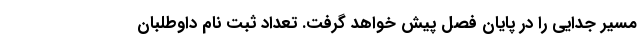
مسیر جدایی را در پایان فصل پیش خواهد گرفت. تعداد ثبت نام داوطلبان